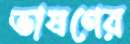
ভাষণের